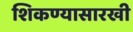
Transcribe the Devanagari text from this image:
शिकण्यासारखी